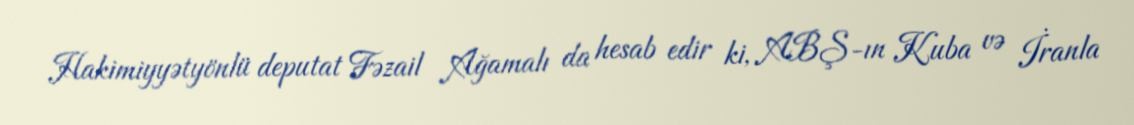
Hakimiyyətyönlü deputat Fəzail Ağamalı da hesab edir ki, ABŞ-ın Kuba və İranla